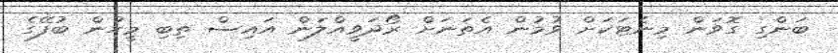
ބަންގި ގޮވަން މިނެޓަކަށް ވުމުން އެތަނަށް ރޯދަވީއްލަން އައިސް ތިބި މީހުން ބުފޭގެ